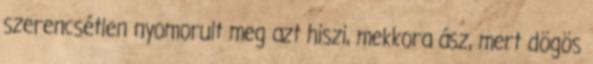
szerencsétlen nyomorult meg azt hiszi, mekkora ász, mert dögös